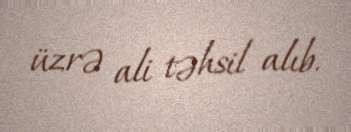
üzrə ali təhsil alıb.